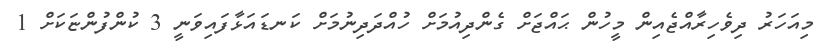
މިއަހަރު ދިވެހިރާއްޖެއިން މީހުން ޙައްޖަށް ގެންދިއުމަށް ހުއްދަދިނުމަށް ކަނޑައަޅާފައިވަނީ 3 ކުންފުންޏަކަށް 1